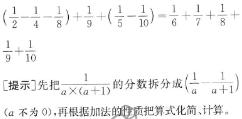
$\left(\frac{1}{2}+\frac{1}{4}-\frac{1}{8}\right)+\frac{1}{9}+\left(\frac{1}{5}-\frac{1}{10}\right)-\frac{1}{6}+\frac{1}{7}+\frac{1}{8}+ \frac{1}{9}+\frac{1}{10}$

[提示]先把$\frac{1}{a\times(a + 1)}$的分数拆分成$\left(\frac{1}{a}-\frac{1}{a + 1}\right)$（$a$不为$0$），再根据加法的性质把算式化简、计算。